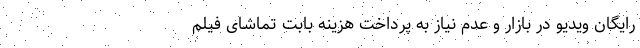
رایگان ویدیو در بازار و عدم نیاز به پرداخت هزینه بابت تماشای فیلم